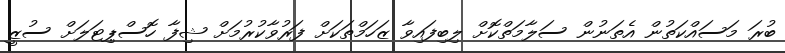
ބުރަ މަސައްކަތުން އެތަނުން ސަލާމަތްކޮށް ލިބިފައިވާ ޒަހަމްތަކަށް ފަރުވާކުރުމަށް ޝިފާ ހޮސްޕިޓަލަށް ސުޒީ